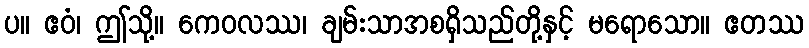
ပ။ ဧဝံ၊ ဤသို့။ ကေဝလဿ၊ ချမ်းသာအစရှိသည်တို့နှင့် မရောသော။ ဧတဿ